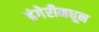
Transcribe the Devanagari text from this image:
हंगेरीमधून